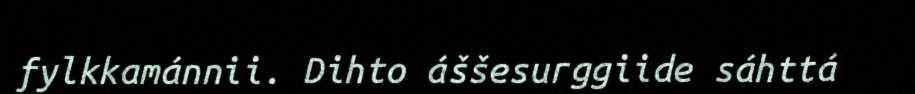
fylkkamánnii. Dihto áššesurggiide sáhttá